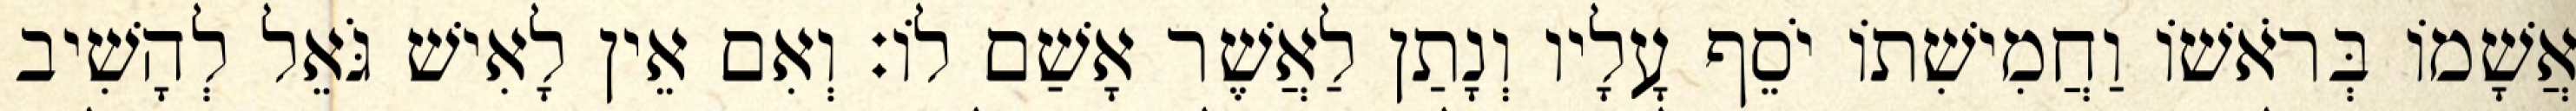
אֲשָׁמוֹ בְּרֹאשׁוֹ וַחֲמִישִׁתוֹ יֹסֵף עָלָיו וְנָתַן לַאֲשֶׁר אָשַׁם לוֹ׃ וְאִם אֵין לָאִישׁ גֹּאֵל לְהָשִׁיב